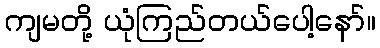
ကျမတို့ ယုံကြည်တယ်ပေါ့နော်။